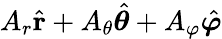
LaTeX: A_{r}{\hat{\mathbf{r}}}+A_{\theta}{\hat{\boldsymbol{\theta}}}+A_{\varphi}{\hat{\boldsymbol{\varphi}}}